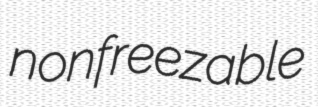
nonfreezable